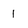
Character: 1